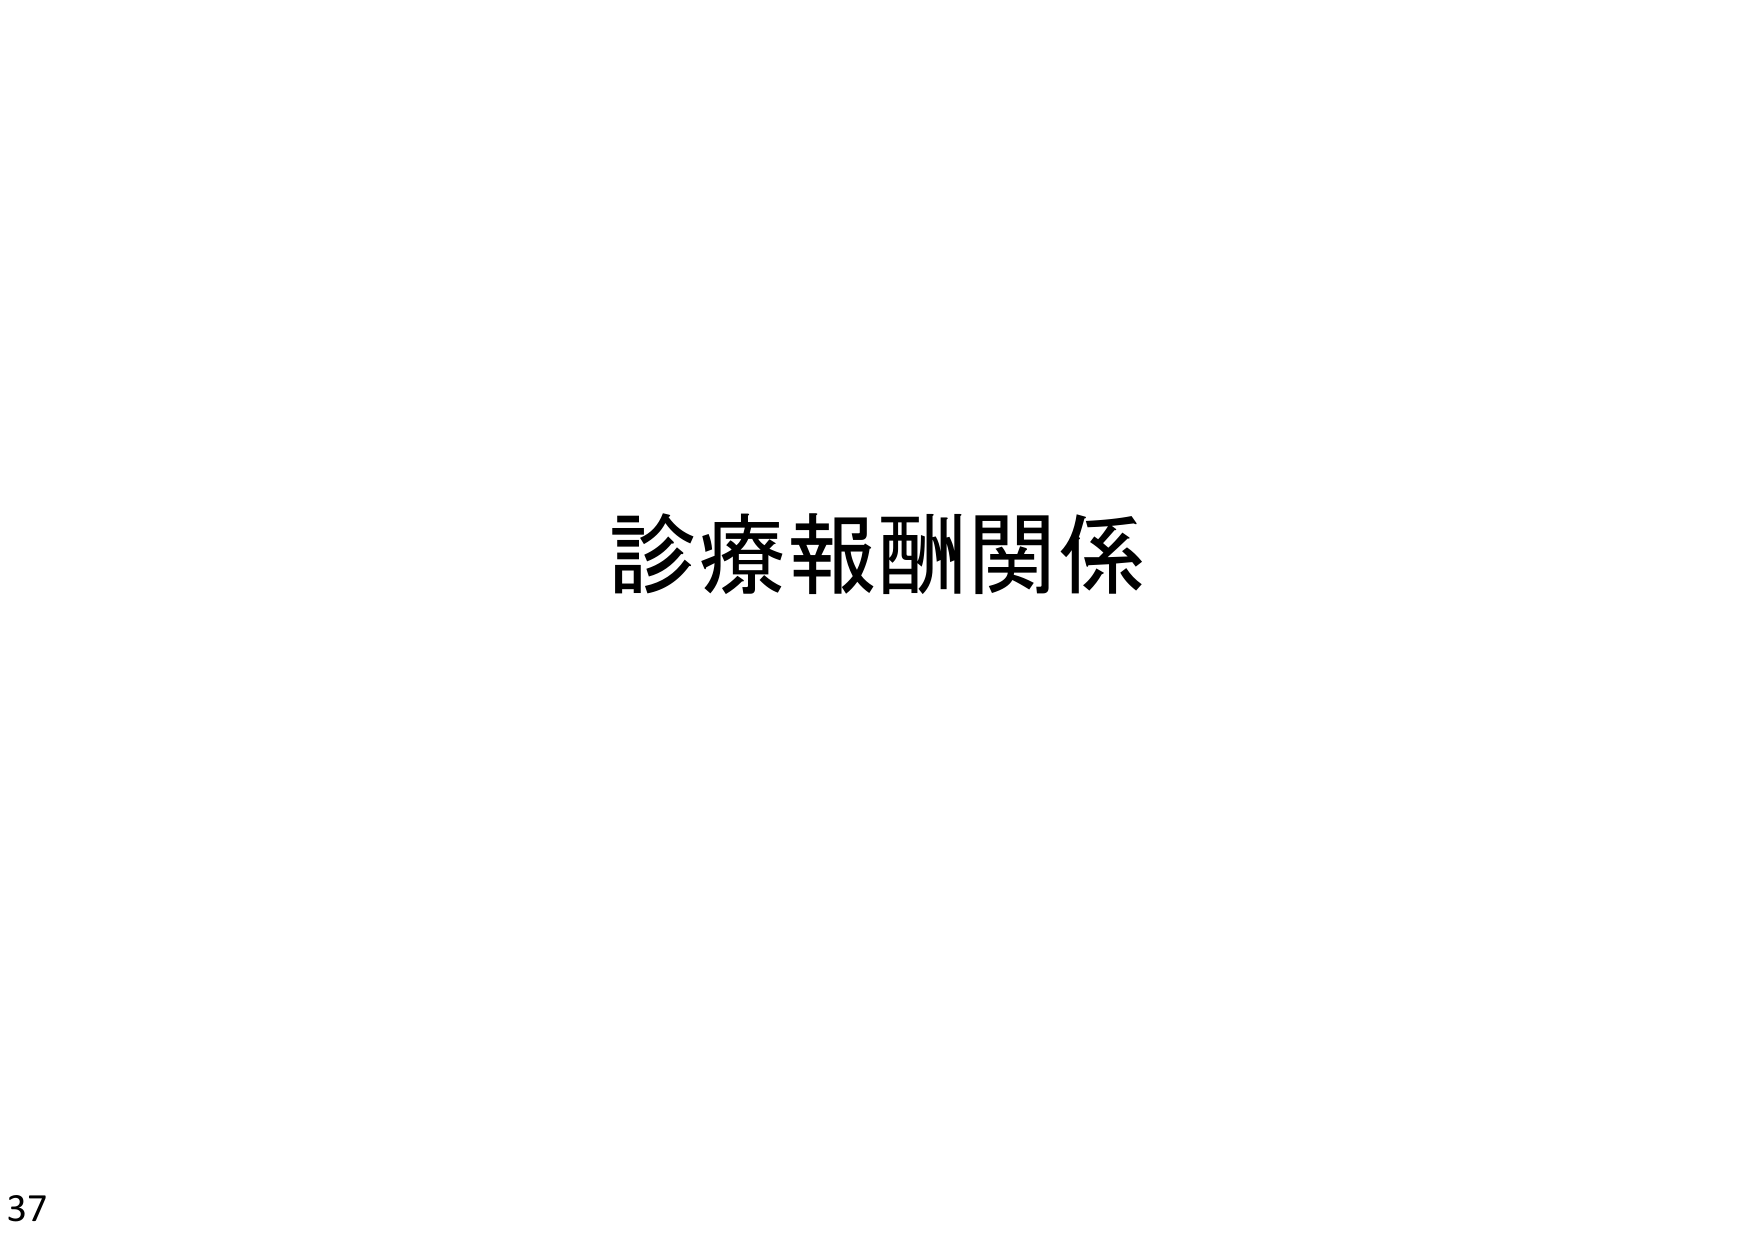
診療報酬関係
37